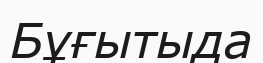
Бұғытыда